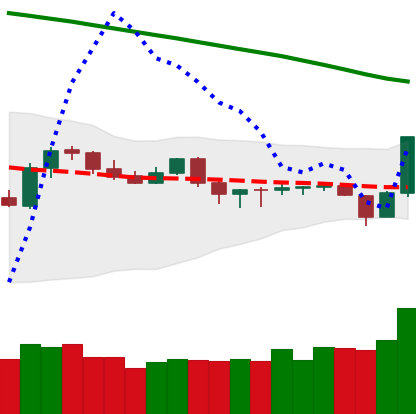
Ticker: TRX-USD
Chart end date: 2019-10-25
Forward return: 14.031%
Label: up_7plus